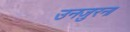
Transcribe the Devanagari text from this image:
उनज़ुरना